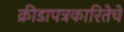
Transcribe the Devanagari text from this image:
क्रीडापत्रकारितेचे